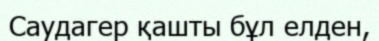
Саудагер қашты бұл елден,